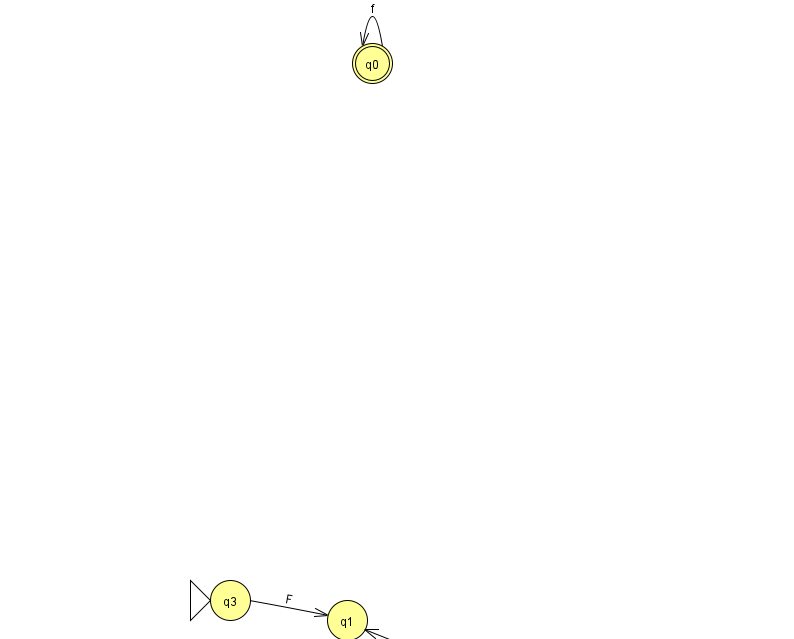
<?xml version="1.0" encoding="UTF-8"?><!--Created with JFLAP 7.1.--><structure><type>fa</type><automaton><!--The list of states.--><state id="0" name="q0"><x>372.0</x><y>50.0</y><final/></state><state id="1" name="q1"><x>347.0</x><y>607.0</y></state><state id="2" name="q2"><x>460.0</x><y>651.0</y></state><state id="3" name="q3"><x>230.0</x><y>587.0</y><initial/></state><!--The list of transitions.--><transition><from>0</from><to>0</to><read>f</read></transition><transition><from>2</from><to>1</to><read>n</read></transition><transition><from>3</from><to>1</to><read>F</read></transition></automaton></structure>